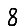
Digit: 8